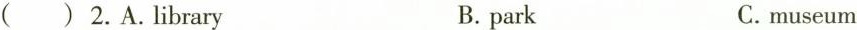
( ) 2. A.Library B. park C.museum